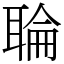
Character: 䎾